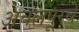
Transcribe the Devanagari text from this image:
अचलपूरचे